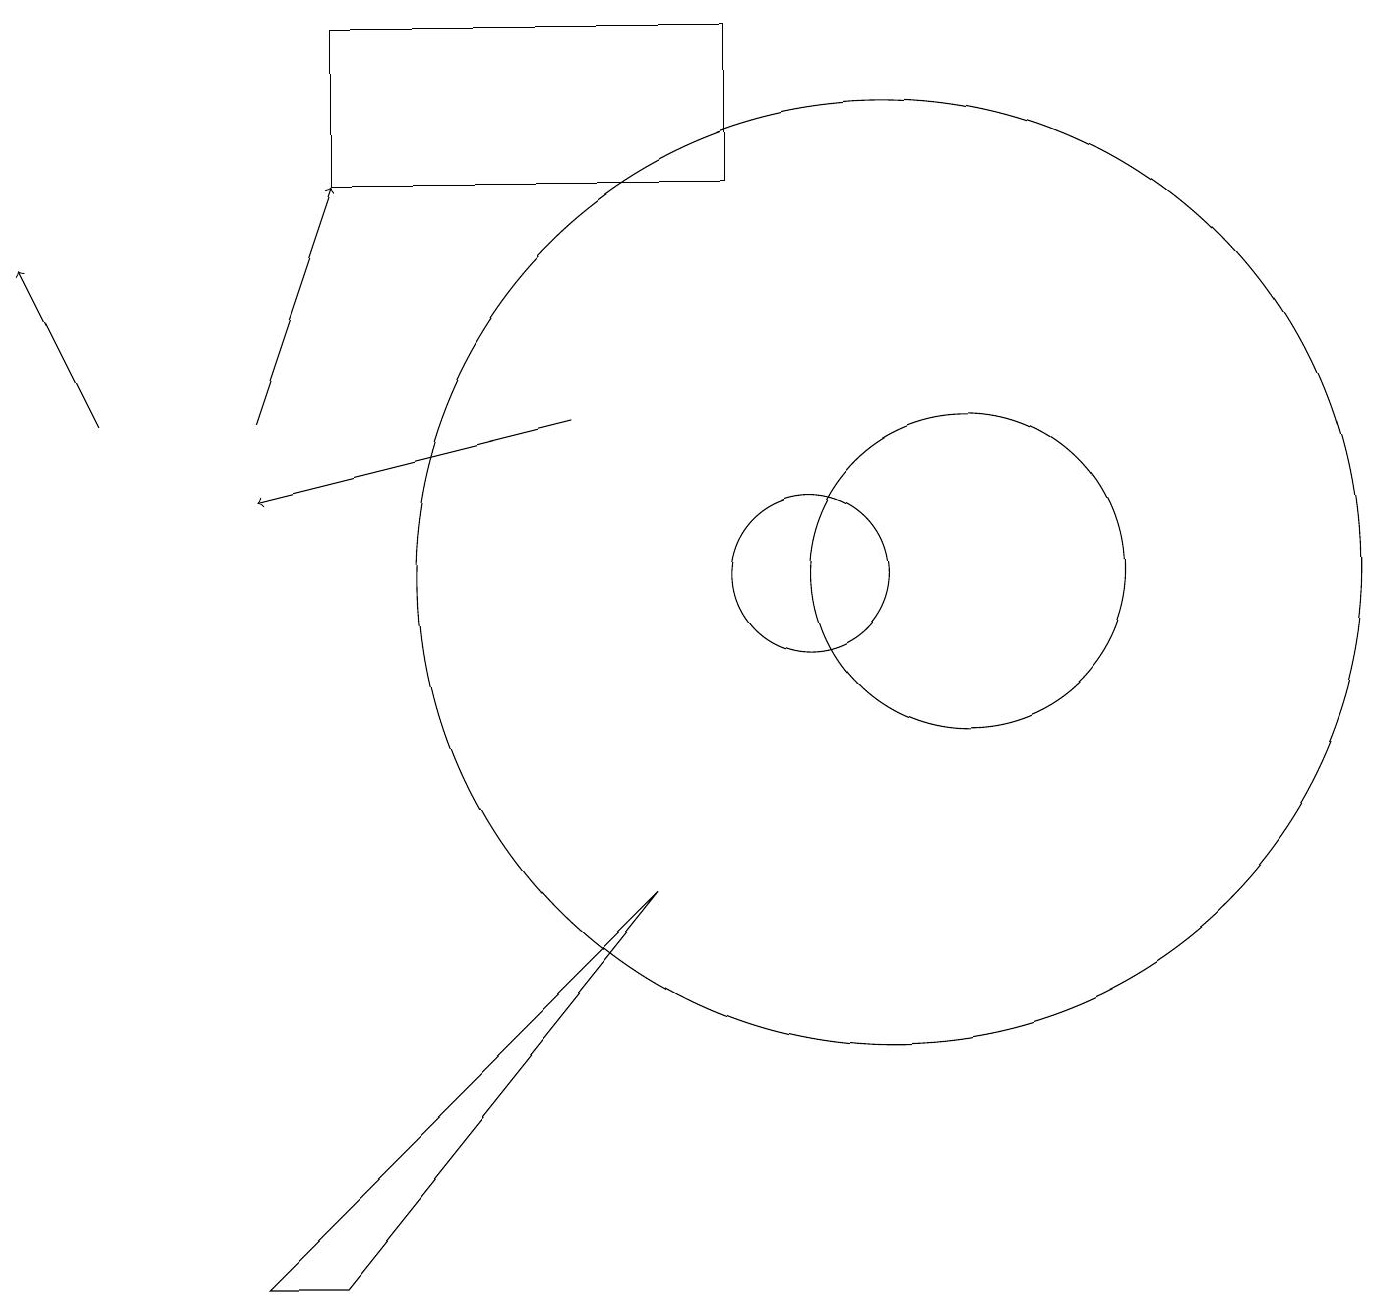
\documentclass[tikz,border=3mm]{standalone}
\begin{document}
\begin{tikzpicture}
\draw (9,18) rectangle (4,16);
\draw[->] (1,13) -- (0,15);
\draw (11,11) circle (6);
\draw (10,11) circle (1);
\draw[->] (7,13) -- (3,12);
\draw (12,11) circle (2);
\draw (4,2) -- (8,7) -- (3,2) -- cycle;
\draw[->] (3,13) -- (4,16);
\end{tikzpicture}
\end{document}